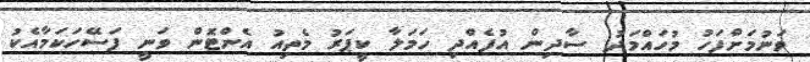
ވަނުމަށްފަހު މުހައްމަދު ސާދިން އުފެއްދި ހަމަލާ ކީޕަރު މެތިއު އެންޓޮން ވަނީ ފަސޭހަކަމާއެކު